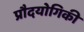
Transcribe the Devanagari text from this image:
प्रौदयोगिकी